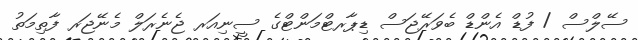
ސޭލްސް / ފުޑް އެންޑް ބެވަރޭޖަސް ޑިޕާރޓްމަންޓްގެ ސީނިއަރ ޖެނެރަލް މެނޭޖަރ ފާތިމަތު